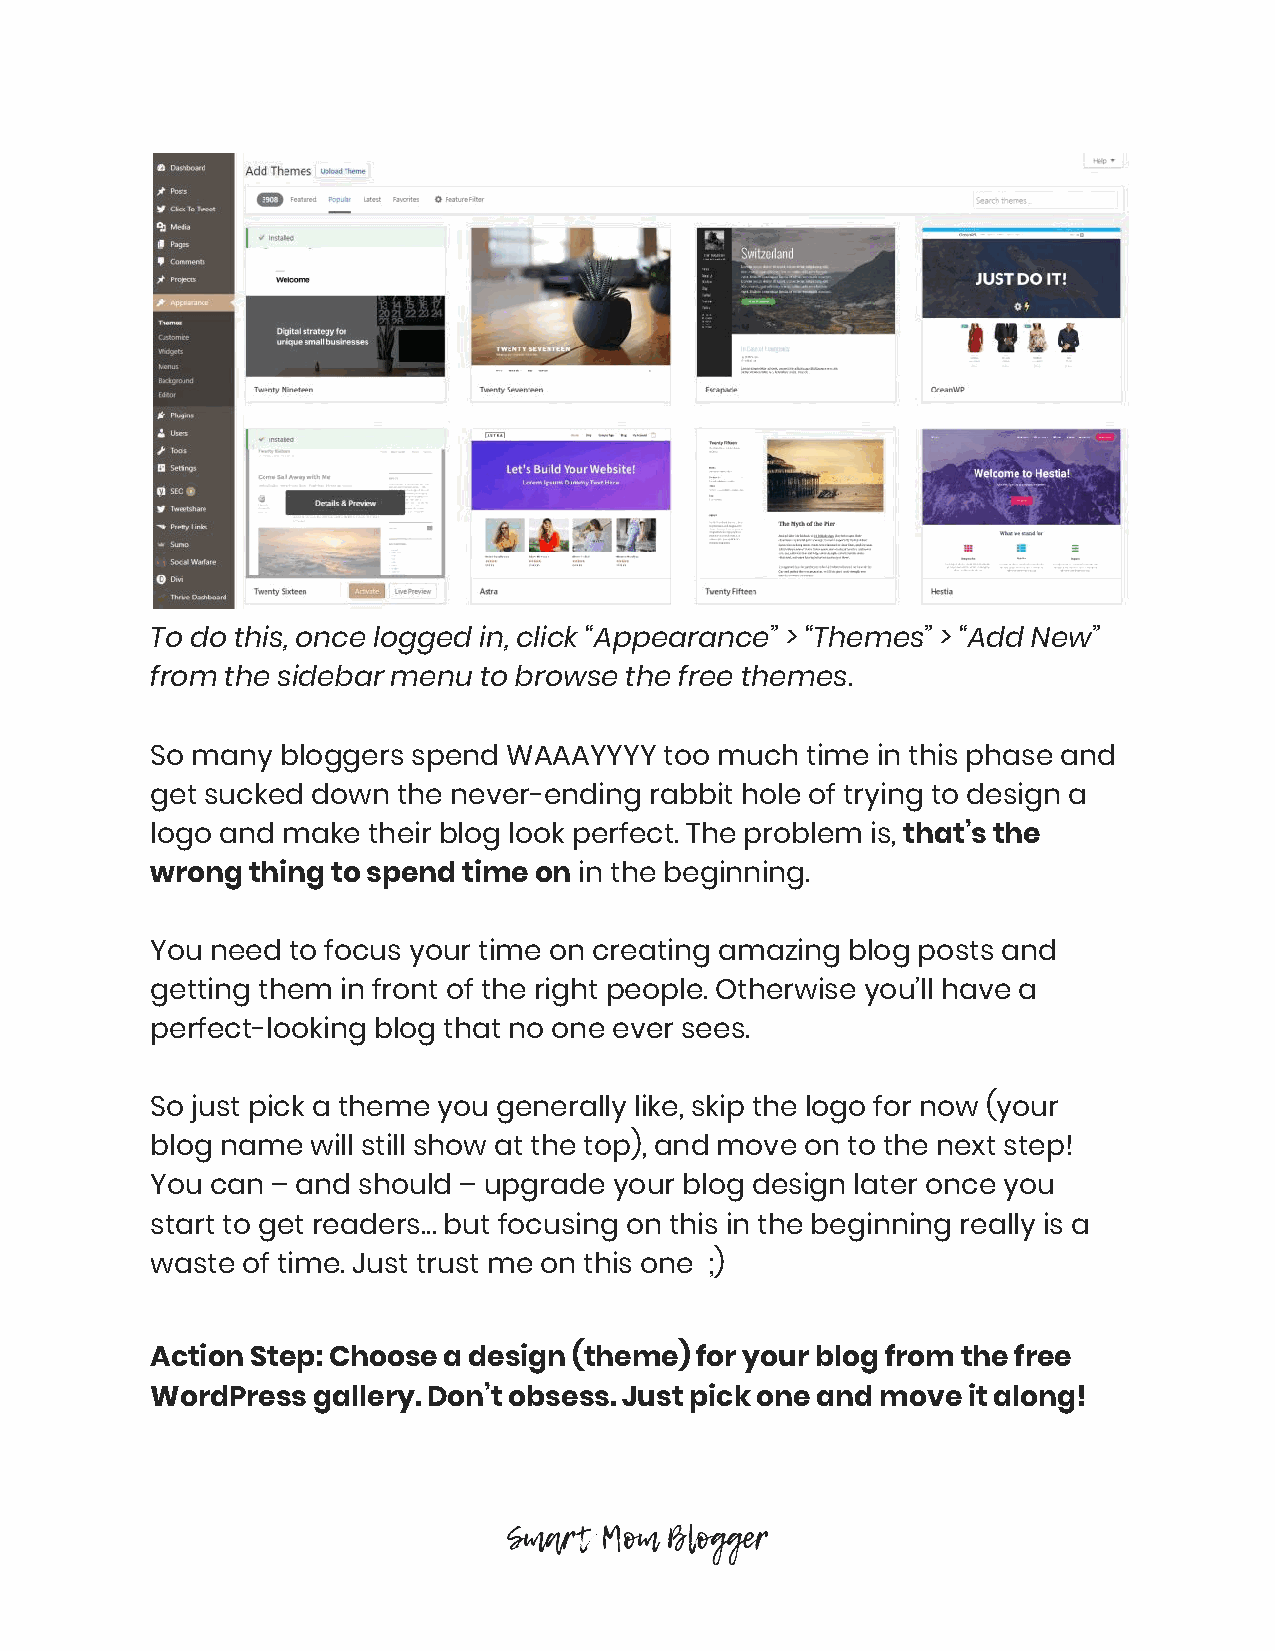
To do this, once logged in, click “Appearance” > “Themes” > “Add New”
 from the sidebar menu to browse the free themes.
 So many  bloggers spend WAAAYYYY  too much time in this phase and
 get sucked down the never-ending rabbit hole of trying to design a
 logo and make their blog look perfect. The problem is, that’s the
 ​
 wrong thing to spend time on in the beginning.
 ​
 You need to focus your time on creating amazing blog posts and
 getting them in front of the right people. Otherwise you’ll have a
 perfect-looking blog that no one ever sees.
 So just pick a theme you generally like, skip the logo for now (your
 blog name  will still show at the top), and move on to the next step!
 You can – and should – upgrade your blog design later once you
 start to get readers… but focusing on this in the beginning really is a
 waste of time. Just trust me on this one ;)
 Action Step: Choose a design (theme) for your blog from the free
 WordPress  gallery. Don’t obsess. Just pick one and move it along!